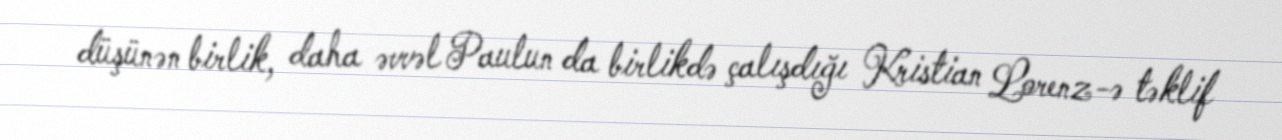
düşünən birlik, daha əvvəl Paulun da birlikdə çalışdığı Kristian Lorenz-ə təklif